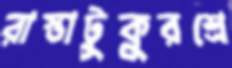
রাস্তাটুকুরশ্রে